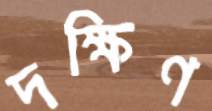
দক্ষিণ